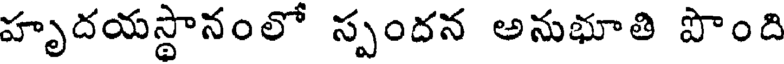
హృదయస్థానంలో స్పందన అనుభూతి పొంది